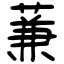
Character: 蒹